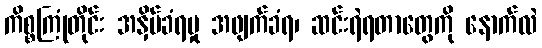
ကိစ္စကြုံတိုင်း အနှိမ်ခံရမှု အဖျက်ခံရ၊ ဆင်းရဲရတာတွေကို နောက်လဲ